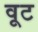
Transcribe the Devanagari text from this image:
वूट